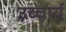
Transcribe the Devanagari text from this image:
उच्चार्य